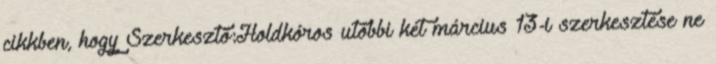
cikkben, hogy Szerkesztő:Holdkóros utóbbi két március 13-i szerkesztése ne